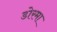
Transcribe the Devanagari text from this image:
डोरमा